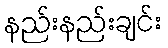
နည်းနည်းချင်း